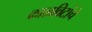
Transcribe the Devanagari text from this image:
काळविटांचे